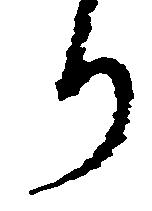
り